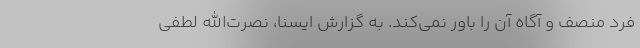
فرد منصف و آگاه آن را باور نمی‌کند. به گزارش ایسنا، نصرت‌الله لطفی